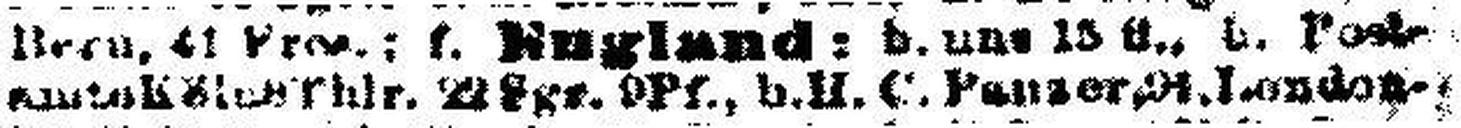
amte Köln 8 Thlr. 2### Sgr. 9 Pf., b. H. C. Panzer, 91. London-